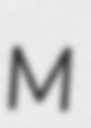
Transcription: M